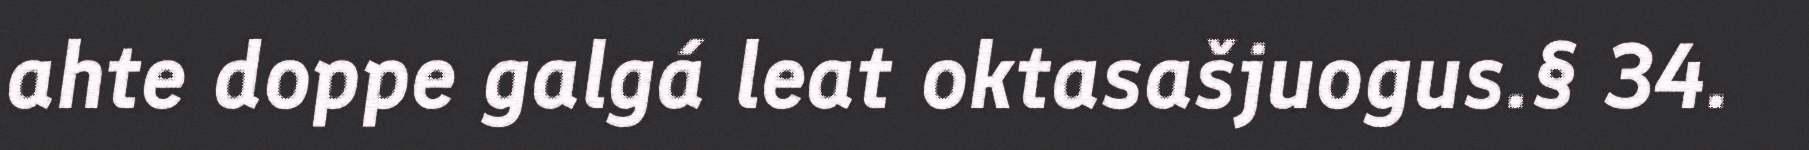
ahte doppe galgá leat oktasašjuogus.§ 34.